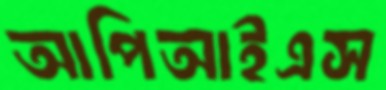
আপিআইএস